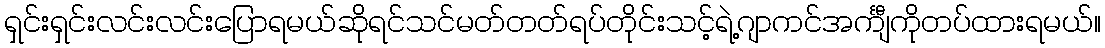
ရှင်းရှင်းလင်းလင်းပြောရမယ်ဆိုရင်သင်မတ်တတ်ရပ်တိုင်းသင့်ရဲ့ဂျာကင်အင်္ကျီကိုတပ်ထားရမယ်။